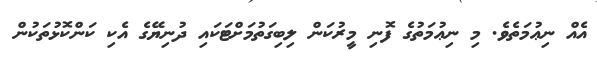
އެއް ނިޢުމަތެވެ. މި ނިޢުމަތުގެ ފޮނި މީރުކަން ލިބިގަތުމަށްޓަކައި ދުނިޔޭގެ އެކި ކަންކޮޅުތަކުން